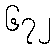
၆၇၂